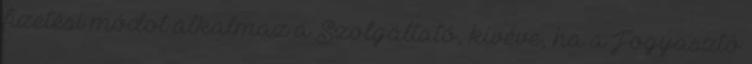
fizetési módot alkalmaz a Szolgáltató, kivéve, ha a Fogyasztó